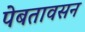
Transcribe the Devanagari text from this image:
पेबतावसन